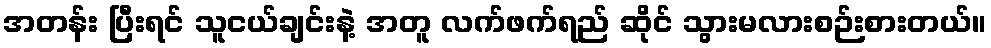
အတန်း ပြီးရင် သူငယ်ချင်းနဲ့ အတူ လက်ဖက်ရည် ဆိုင် သွားမလားစဉ်းစားတယ်။